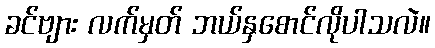
ခင်ဗျား လက်မှတ် ဘယ်နှစောင်လိုပါသလဲ။